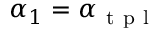
\alpha _ { 1 } = \alpha _ { \mathrm { ~ t ~ p ~ l ~ } }